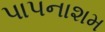
પાપનાશમ